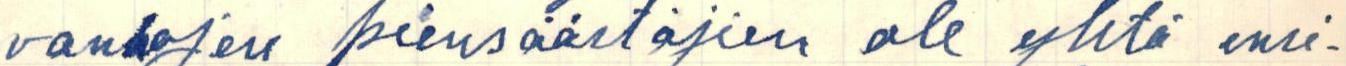
vanhojen piensäästäjien ole yhtä ensi-